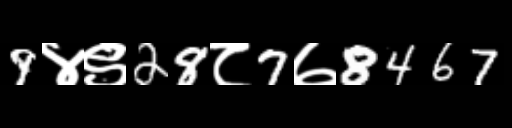
Text: 9४९28८7७8467